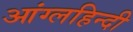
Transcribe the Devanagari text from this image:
आंग्लहिन्दी